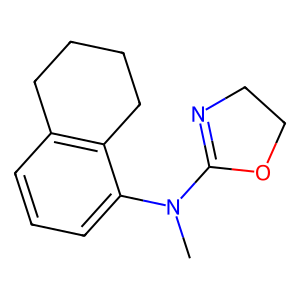
SMILES: CN(C1=NCCO1)c1cccc2c1CCCC2
Inhibits HIV replication: No